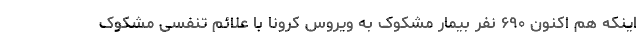
اینکه هم اکنون ۶۹۰ نفر بیمار مشکوک به ویروس کرونا با علائم تنفسی مشکوک